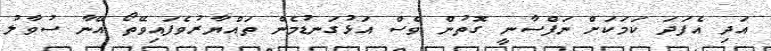
އަދި އެފަދަ ކަމަކަށް ނަފްސާނީ ގޮތުން ވެސް އަޅުގަނޑުމެން ތައްޔާރުވެފައިވޭތޯ އޭނާ ސުވާލު